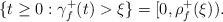
LaTeX: \begin{align*}\{t\geq 0:\gamma _{f}^{+}(t)>\xi \}=[0,\rho _{f}^{+}(\xi )). \end{align*}